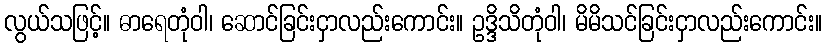
လွယ်သဖြင့်။ ဓာရေတုံဝါ၊ ဆောင်ခြင်းငှာလည်းကောင်း။ ဥဒ္ဒိသိတုံဝါ၊ မိမိသင်ခြင်းငှာလည်းကောင်း။